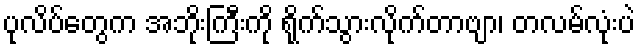
ပုလိပ်တွေက အဘိုးကြီးကို ရိုက်သွားလိုက်တာဗျာ၊ တလမ်လုံးပဲ